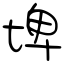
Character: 埤